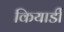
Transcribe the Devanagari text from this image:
कियार्डी